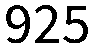
925